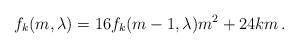
LaTeX: \begin{align*}f_k(m,\lambda) = 16f_k(m-1,\lambda)m^2 + 24km\,.\end{align*}